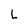
Character: L